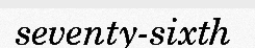
seventy-sixth